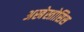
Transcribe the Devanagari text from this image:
अस्बेस्तोसिस